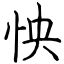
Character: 怏